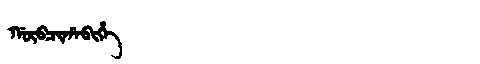
Manchu: ᡤᡡᠪᠴᡳᡥᠠᠪᡳᡥᡝ
Romanization: GŪBCIHABIHE